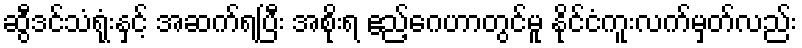
ဆွီဒင်သံရုံးနှင့် အဆက်ရပြီး အစိုးရ ဧည့်ဂေဟာတွင်မူ နိုင်ငံကူးလက်မှတ်လည်း